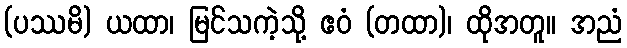
(ပဿမိ) ယထာ၊ မြင်သကဲ့သို့ ဧဝံ (တထာ)၊ ထိုအတူ။ အညံ